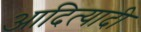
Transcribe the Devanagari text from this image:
आदित्यादी